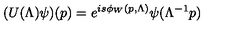
( U ( \Lambda ) \psi ) ( p ) = e ^ { i s \phi _ { W } ( p , \Lambda ) } \psi ( \Lambda ^ { - 1 } p )